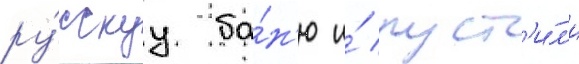
ру́сскуу ба́н'ю и́ пуст'и́л'и